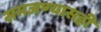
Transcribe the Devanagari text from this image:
समजण्यासही